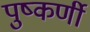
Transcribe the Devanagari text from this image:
पुष्कर्णी